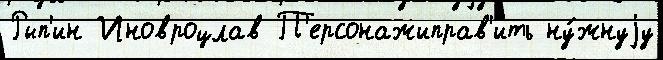
Рып'ин Иновроцлав П'ерсонажиправ'ить ну́жнуjу